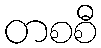
တစစီ